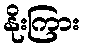
နိုးကြား